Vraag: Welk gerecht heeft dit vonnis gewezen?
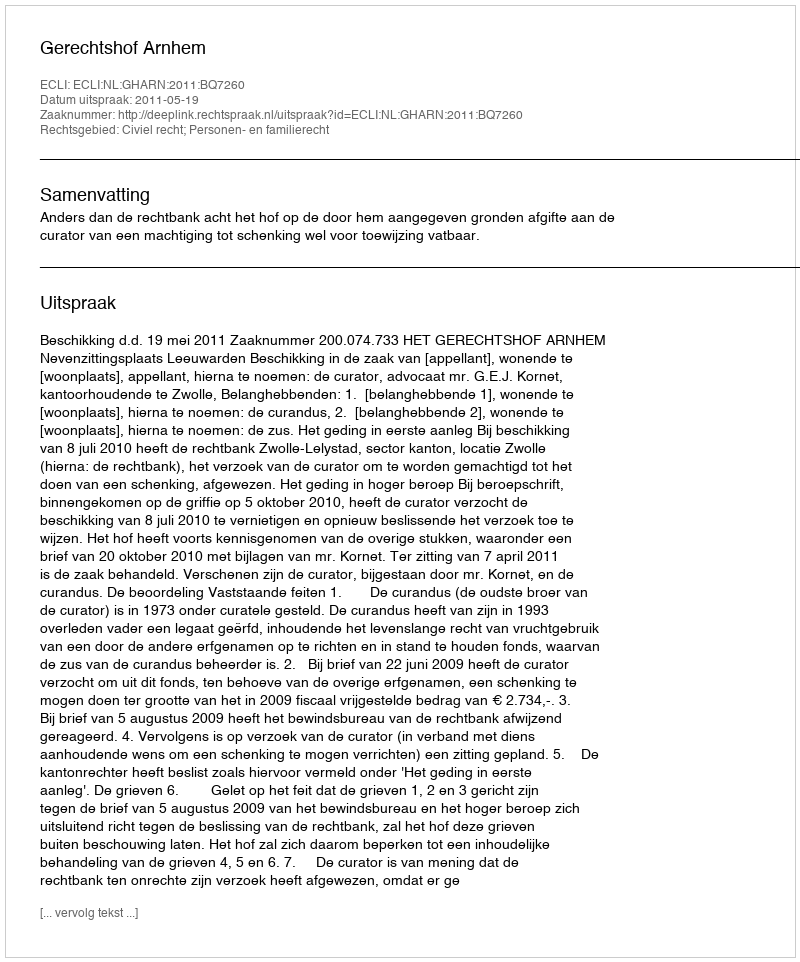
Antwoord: Gerechtshof Arnhem